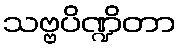
သဗ္ဗပိဏ္ဍိတာ